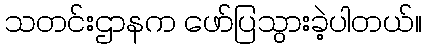
သတင်းဌာနက ဖော်ပြသွားခဲ့ပါတယ်။